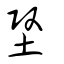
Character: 堅